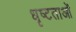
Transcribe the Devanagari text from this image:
धृष्टताओं